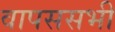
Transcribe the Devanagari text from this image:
वापससभी